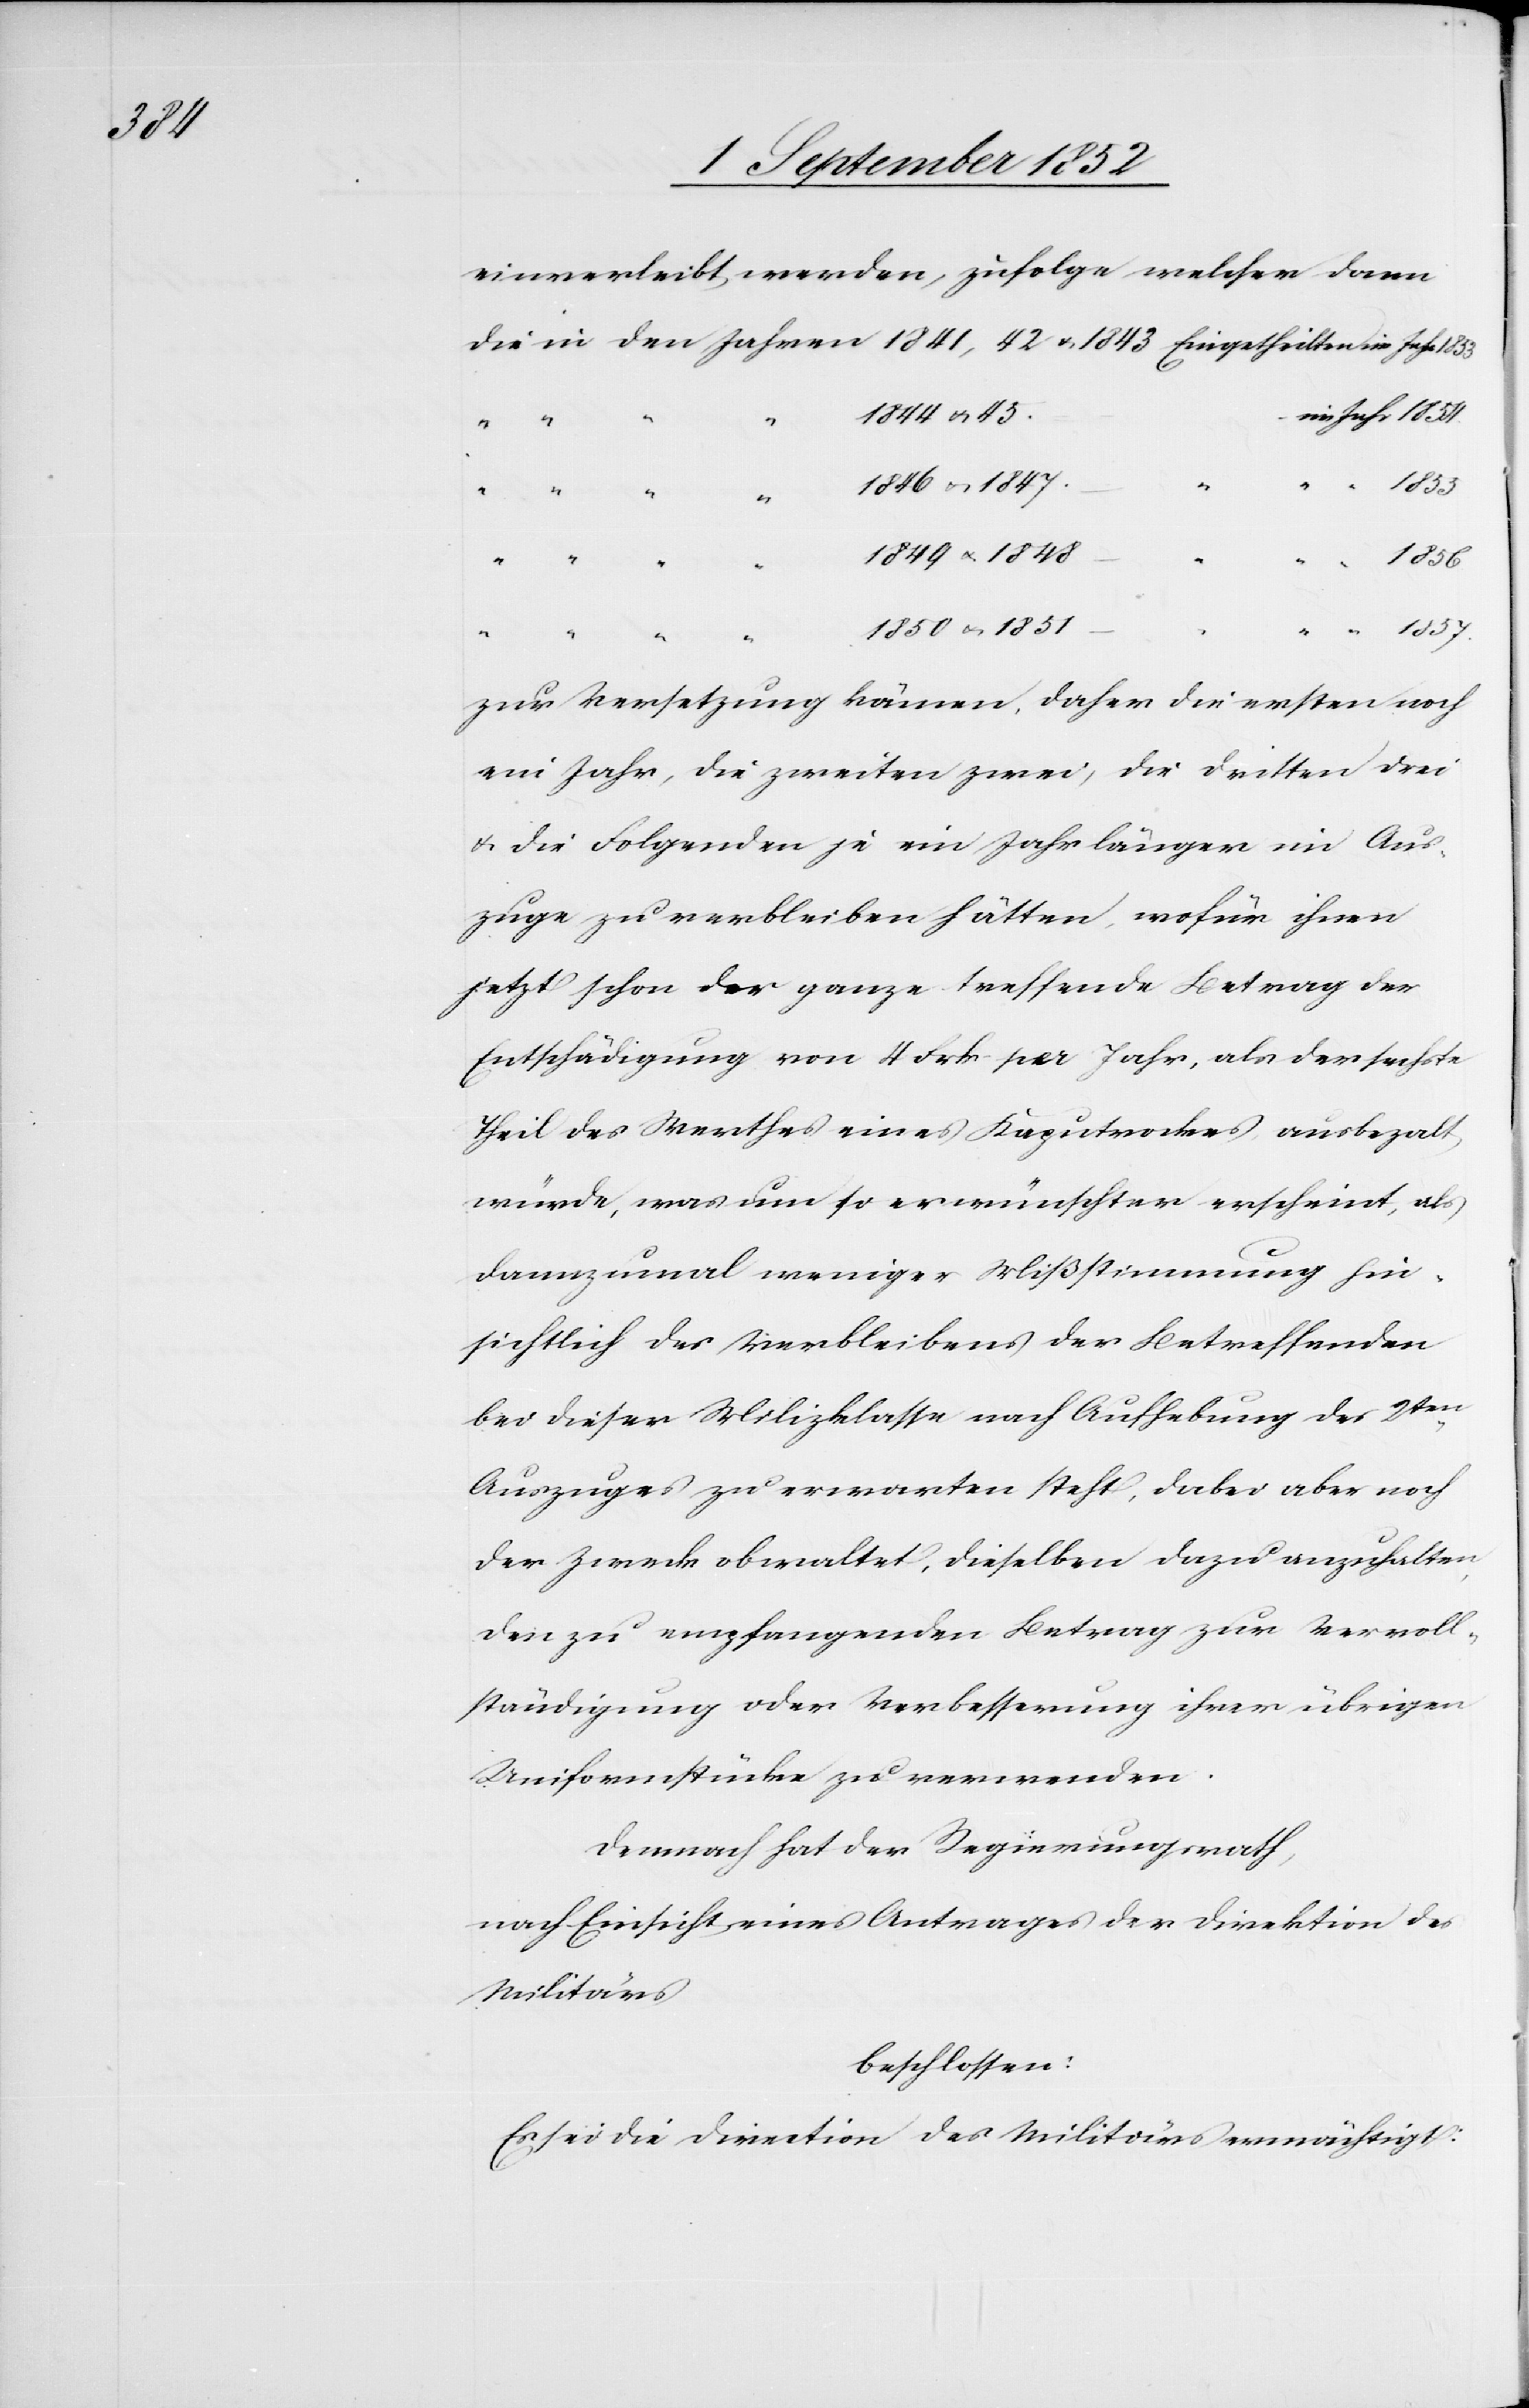
1857.

einverleibt werden, zufolge welcher dann
1844 & 45.
1846 & 1847.
1849 & 1848
1850 & 1851
zur Versetzung kämen, daher die ersten noch
ein Jahr, die zweiten zwei, die dritten drei
& die Folgenden je ein Jahr länger im Aus¬
zuge zu verbleiben hätten, wofür ihnen
jetzt schon der ganze treffende Betrag der
Entschädigung von 4 Frk per Jahr, als der sechste
Theil des Werthes eines Kaputrockes, ausbeza[h]lt
würde, was um so erwünschter erscheint, als
dannzumal weniger Mißstimmung hin¬
sichtlich des Verbleibens der Betreffenden
bei dieser Milizklasse nach Aufhebung des 2ten
Auszuges zu erwarten steht, dabei aber noch
der Zweck obwaltet, dieselben dazu anzuhalten,
den zu empfangenden Betrag zur Vervoll¬
ständigung oder Verbesserung ihrer übrigen
Uniformstücke zu verwenden.
Demnach hat der Regierungsrath,
nach Einsicht eines Antrages der Direktion des
Militärs
beschlossen:
Es sei die Direction des Militärs ermächtigt: